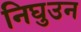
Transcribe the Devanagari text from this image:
निघुउन